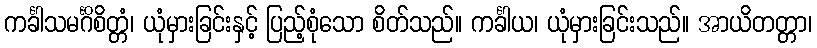
ကင်္ခါသမင်္ဂိစိတ္တံ၊ ယုံမှားခြင်းနှင့် ပြည့်စုံသော စိတ်သည်။ ကင်္ခါယ၊ ယုံမှားခြင်းသည်။ အာယိတတ္တာ၊